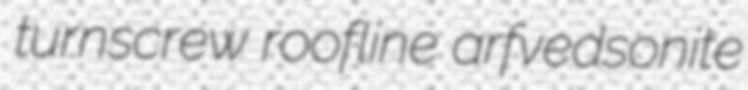
turnscrew roofline arfvedsonite